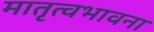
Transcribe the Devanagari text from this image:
मातृत्वभावना